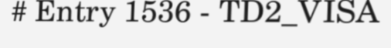
# Entry 1536 - TD2_VISA